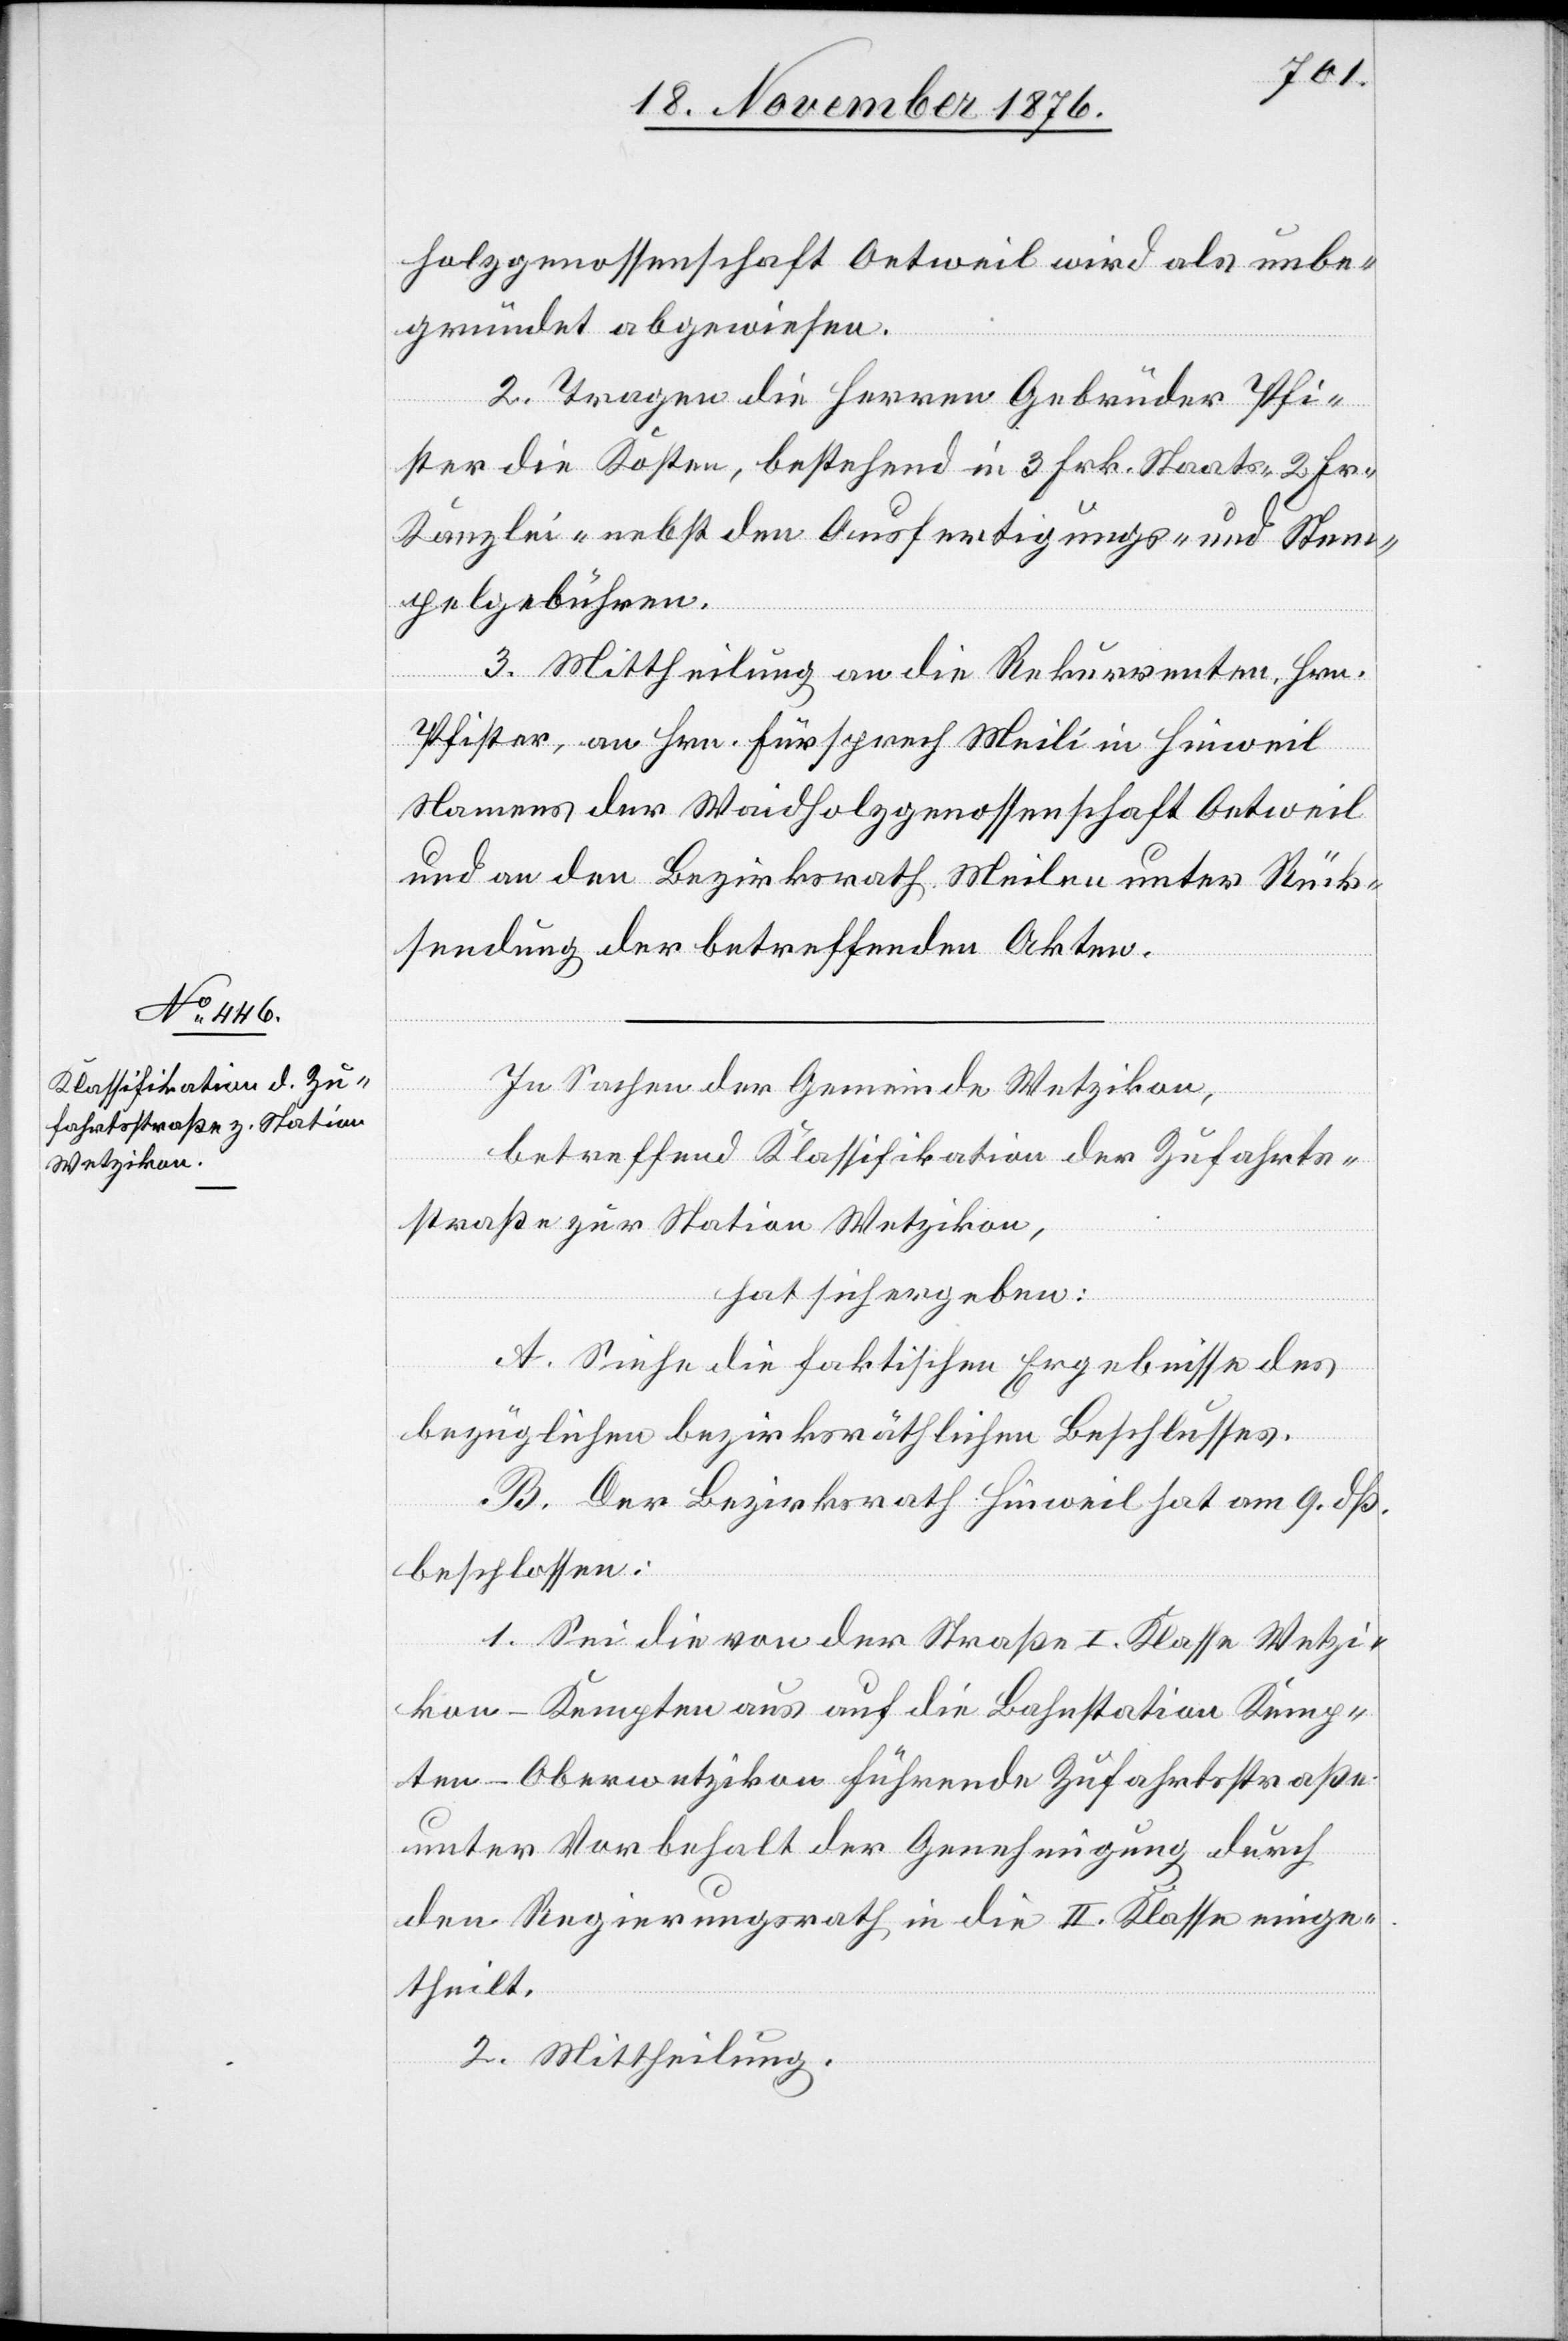
holzgenossenschaft Oetweil wird als unbe¬
gründet abgewiesen.
2. Tragen die Herren Gebrüder Pfi¬
ster die Kosten, bestehend in 3 Frk. Staats- 2 Frk.
Kanzlei- nebst den Ausfertigungs- und Stem¬
pelgebühren.
3. Mittheilung an die Rekurrenten, Hrn.
Pfister, an Hrn. Fürsprech Meili in Hinweil
Namens der Waidholzgenossenschaft Oetweil
und an den Bezirksrath Meilen unter Rück¬
sendung der betreffenden Akten.
In Sachen der Gemeinde Wetzikon,
betreffend Klassifikation der Zufahrts¬
straße zur Station Wetzikon,
hat sich ergeben:
A. Siehe die faktischen Ergebnisse des
bezüglichen bezirksräthlichen Beschlusses.
B. Der Bezirksrath Hinweil hat am 9. dß.
beschlossen:
1. Sei die von der Straße I. Klasse Wetzi¬
kon–Kempten aus auf die Bahnstation Kemp¬
ten-Oberwetzikon führende Zufahrstraße
unter Vorbehalt der Genehmigung durch
den Regierungsrath in die II. Klasse einge¬
theilt.
2. Mittheilung.